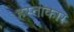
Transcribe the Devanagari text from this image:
हस्ताकार